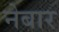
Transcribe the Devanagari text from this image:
नेबार